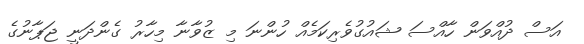
އަސް ދުއްވަން ހާއްސަ ޝައުގުވެރިކަމެއް ހުންނަ މި ޒުވާނާ މިހާރު ގެންދަނީ ޖަޕާނުގެ